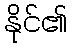
နိုင်၏